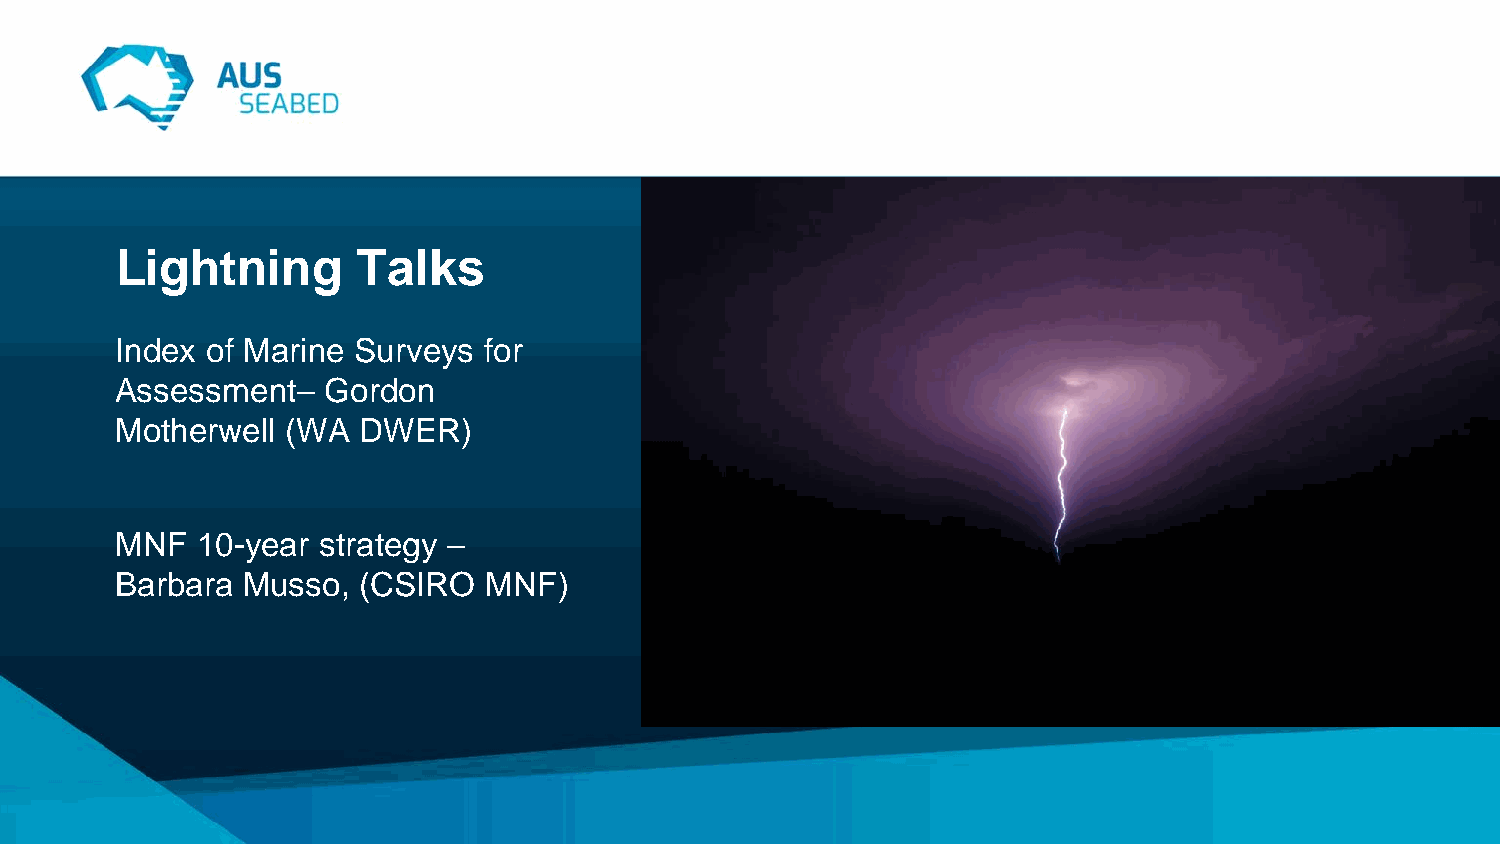
Lightning       Talks
 Index of Marine Surveys for
 Assessment–  Gordon
 Motherwell (WA  DWER)
 MNF  10-year strategy –
 Barbara Musso,  (CSIRO  MNF)